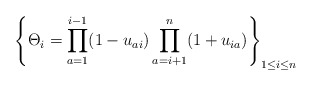
\begin{gather*}\left\{ \Theta_i = \prod_{a=1}^{i-1} (1-u_{ai}) \prod_{a=i+1}^{n} (1+u_{ia})\right\}_{1 \le i \le n}\end{gather*}